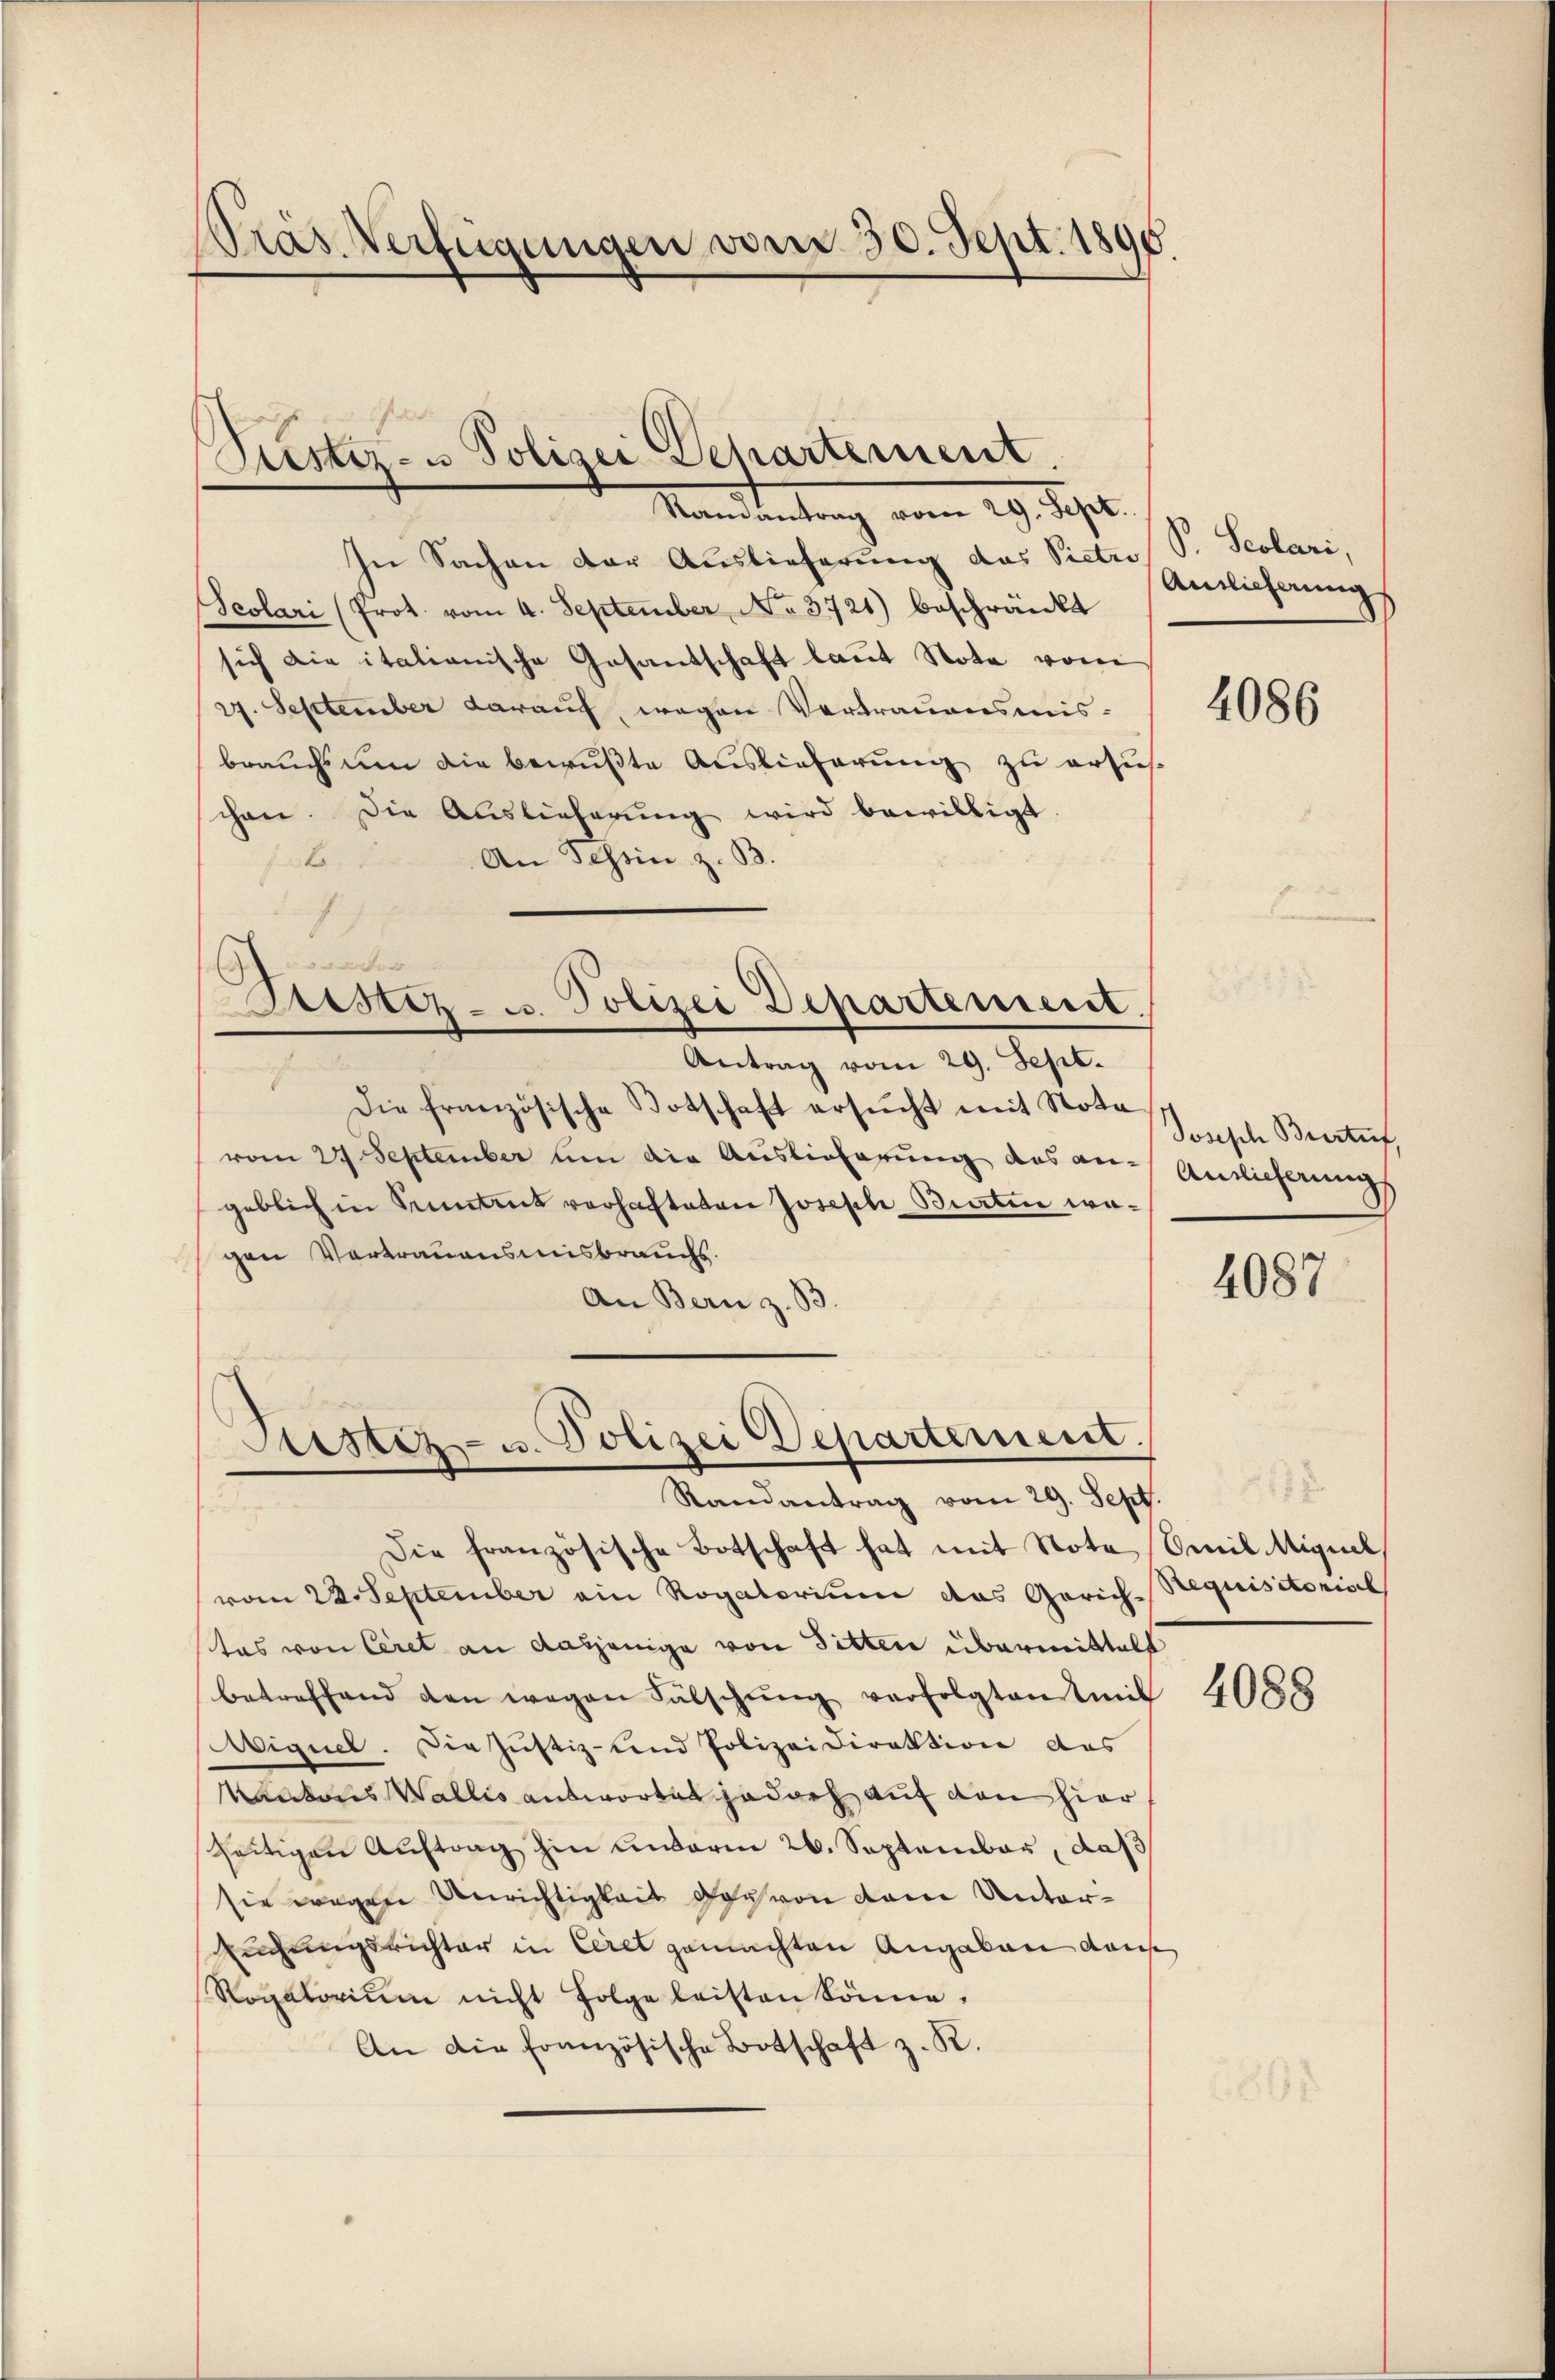
Präs. Verfügungen vom 30. Sept. 1890.

.
Pustiz- u Polizei Departement

Man dientrag vom 29. Sept.
In Sachen der Auslieferung das Pietro
Seolari (Prot. vom 4. September No. 3721) beschränkt
sich die italianische Gesandschaft laut Nota vom
27. September darauf, wegen Vertrauensmisbrauchs um die bewußte Auslieferung zu ersus
chen. Die Auslieferŭng wird bewilligt
An Schein z. B.
f
de Gute
Ihr an
Aristiz- u. Polizei Departement.

Die französische Botschaft ersŭcht mit Nota
vom 27 September um die Auslieferung des an-
geblich in Sentent vorhafteten Joseph Bieten wagen Vortrauensmisbrauchs.
An Bern z. B.

—
Die französische Botschaft hat mit Note Emil Miguel,
vom 22. September ein Rogatorium das Gerich-Requisitorisch
tas von Ceret an dasjenige von Sitten übermittelt
betreffend den wegen Fälschŭng verfolgten teil
viguel. Die Justiz- und Polizeidirektion des
Kantons Wallis antwortet jedoch auf den hier
seitigen Auftrag hin andarin 26. September, daß
sie wegen Unrichtigkeit doch von dem Unter¬
Angungsrichter in Ceret gemachten Angaben dans
Rogatorium nicht folge leisten könne.
An die französische Botschaft z. R.

Antrag vom 29. Sept.

Astiz- u. Polizei Departement.
Randantrag vom 29. Sept.

Scolari,
Antlicherung

4086

Joseph Bresteif,
Antlicherung

4087

152

4088